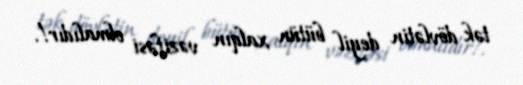
tək dövlətin deyil bütün xalqın vəzifəsi olmalıdır!.